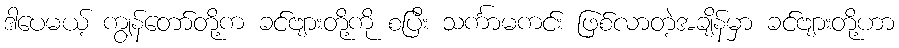
ဒါပေမယ့် ကျွန်တော်တို့က ခင်ဗျားတို့ကို စပြီး သင်္ကာမကင်း ဖြစ်လာတဲ့အချိန်မှာ ခင်ဗျားတို့ဟာ